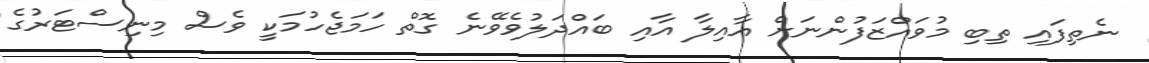
ނެތިފައި ތިބި މުވައްޒަފުންނަށް އާއިލާ އާއި ބައްދަލުވެވޭނެ ގޮތް ހަމަޖެހުމަކީ ވެސް މިނިސްޓަރުގެ